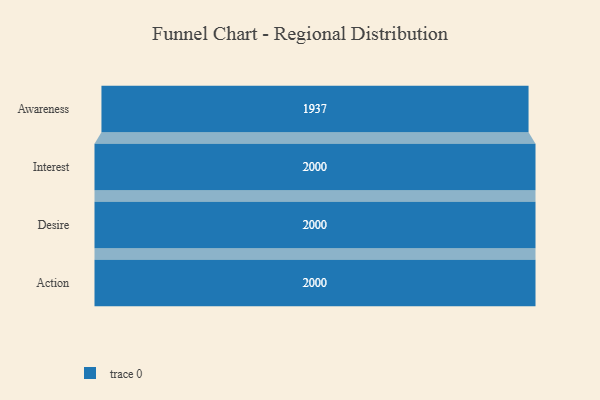
{"axis": {"x": "Stage", "y": "Value"}, "legend": [""], "data": [{"x": "Awareness", "y": 1937.0, "type": ""}, {"x": "Interest", "y": 2000, "type": ""}, {"x": "Desire", "y": 2000, "type": ""}, {"x": "Action", "y": 2000, "type": ""}]}